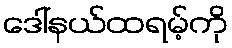
ဒေါ်နယ်ထရမ့်ကို